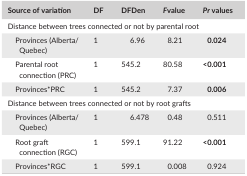
<table><thead><tr><td><b>Source of variation</b></td><td><b>DF</b></td><td><b>DFDen</b></td><td><b><i>F</i>value</b></td><td><b><i>Pr</i> values</b></td></tr></thead><tbody><tr><td colspan="5">Distance between trees connected or not by parental root</td></tr><tr><td>Provinces (Alberta/Quebec)</td><td>1</td><td>6.96</td><td>8.21</td><td><b>0.024</b></td></tr><tr><td>Parental root connection (PRC)</td><td>1</td><td>545.2</td><td>80.58</td><td><b>&lt;0.001</b></td></tr><tr><td>Provinces*PRC</td><td>1</td><td>545.2</td><td>7.37</td><td><b>0.006</b></td></tr><tr><td colspan="5">Distance between trees connected or not by root grafts</td></tr><tr><td>Provinces (Alberta/Quebec)</td><td>1</td><td>6.478</td><td>0.48</td><td>0.511</td></tr><tr><td>Root graft connection (RGC)</td><td>1</td><td>599.1</td><td>91.22</td><td><b>&lt;0.001</b></td></tr><tr><td>Provinces*RGC</td><td>1</td><td>599.1</td><td>0.008</td><td>0.924</td></tr></tbody></table>